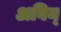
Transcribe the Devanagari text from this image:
अविन्